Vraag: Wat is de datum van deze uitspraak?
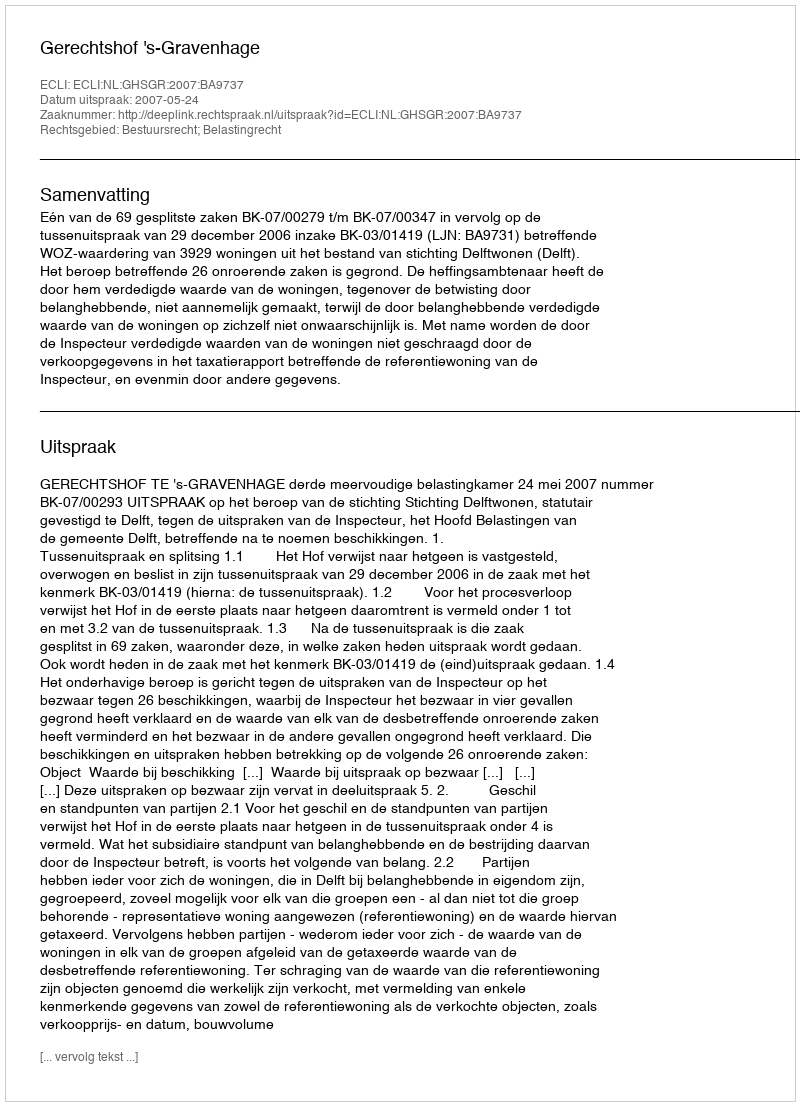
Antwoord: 2007-05-24